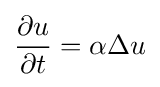
{\frac {\partial u}{\partial t}}=\alpha \Delta u